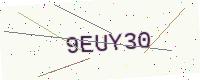
Text: 9EUY30